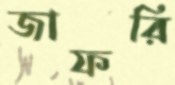
জাফরি